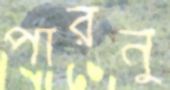
পারনু